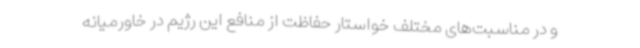
و در مناسبت‌های مختلف خواستار حفاظت از منافع این رژیم در خاورمیانه